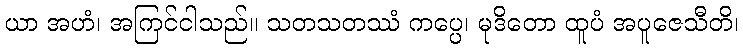
ယာ အဟံ၊ အကြင်ငါသည်။ သတသတဿံ ကပ္ပေ၊ မုဒိတော ထူပံ အပူဇေသီတိ၊